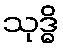
သုဒ္ဓိ